Civil Veterinary Department Bihar & Orissa reports 1922-29 - 1922-1929
Year: 1922
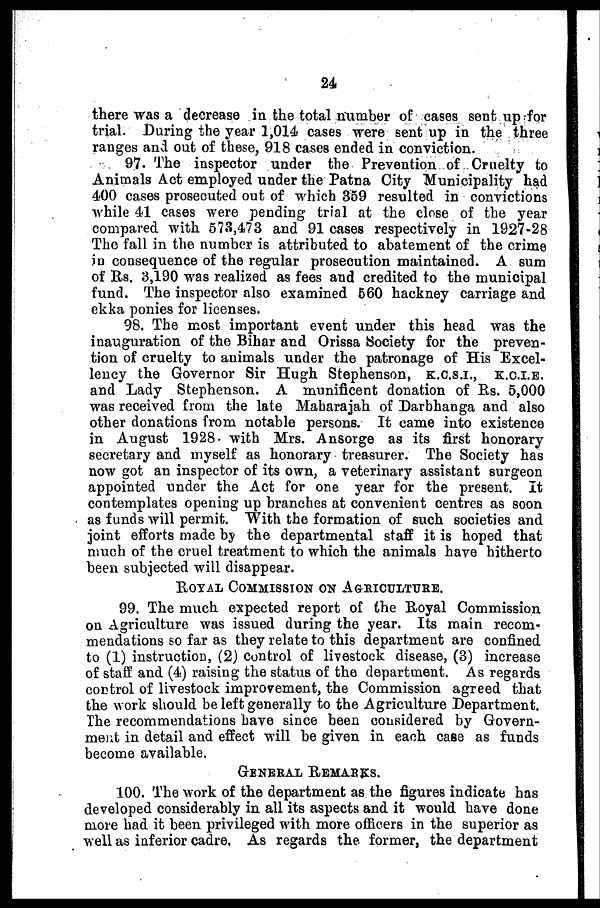
24
there was a decrease in the total number of eases sent up for
trial. During the year 1,014 cases were sent up in the three
ranges and out of these, 918 cases ended in conviction.
97. The inspector under the Prevention of Cruelty to
Animals Act employed under the Patna City Municipality had
400 cases prosecuted out of which 359 resulted in convictions
while 41 cases were pending trial at the close of the year
compared with 573,473 and 91 cases respectively in 1927-28
The fall in the number is attributed, to abatement of the crime
in consequence of the regular prosecution maintained. A sum
of Rs. 3,190 was realized as fees and credited to the municipal
fund. The inspector also examined 560 hackney carriage and
ekka ponies for licenses.
98. The most important event under this head was the
inauguration of the Bihar and Orissa Society for the preven-
tion of cruelty to animals under the patronage of His Excel-
lency the Governor Sir Hugh Stephenson, k.c.s.i., k.c.i.e.
and Lady Stephenson. A munificent donation of Rs. 5,000
was received from the late Maharajah of Darbhanga and also
other donations from notable persons. It came into existence
in August 1928 with Mrs. Ansorge as its first honorary
secretary and myself as honorary treasurer. The Society has
now got an inspector of its own, a veterinary assistant surgeon
appointed under the Act for one year for the present. It
contemplates opening up branches at convenient centres as soon
as funds will permit. With the formation of such societies and
joint efforts made by the departmental staff it is hoped that
much of the cruel treatment to which the animals have hitherto
been subjected will disappear.
ROYAL COMMISSION ON AGRICULTURE.
99. The much expected report of the Royal Commission
on Agriculture was issued during the year. Its main recom-
mendations so far as they relate to this department are confined
to (1) instruction, (2) control of livestock disease, (3) increase
of staff and (4) raising the status of the department. As regards
control of livestock improvement, the Commission agreed that
the work should be left generally to the Agriculture Department.
The recommendations have since been considered by Govern-
ment in detail and effect will be given in each case as funds
become available.
GENERAL REMARKS.
100. The work of the department as the figures indicate has
developed considerably in all its aspects and it would have done
more had it been privileged with more officers in the superior as
well as inferior cadre. As regards the former, the department